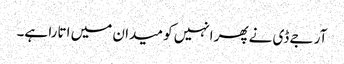
آر جے ڈی نےپھر انہیں کو میدان میں اتارا ہے۔